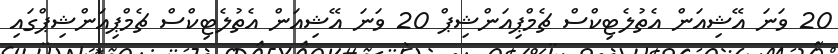
20 ވަނަ އޭޝިއަން އެތުލެޓިކްސް ޗެމްޕިއަންޝިޕް 20 ވަނަ އޭޝިއަން އެތުލެޓިކްސް ޗެމްޕިއަންޝިޕްގައި